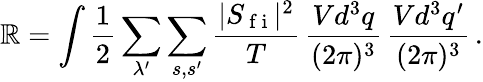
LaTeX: \mathbb{R}=\int\frac{{1}}{{2}}\sum_{\lambda^{\prime}}\sum_{s,s^{\prime}}\frac{{|S_{\mathrm{{~f~i~}}}|^{2}}}{{T}}\, \frac{{Vd^{3}q}}{{(2\pi)^{3}}}\, \frac{{Vd^{3}q^{\prime}}}{{(2\pi)^{3}}}\, .